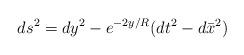
LaTeX: \begin{align*}ds^2=dy^2-e^{-2y/R}(dt^2-d\bar{x}^2)\end{align*}